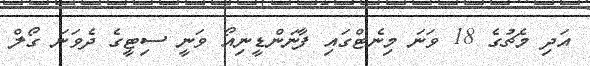
އަދި މެޗުގެ 18 ވަނަ މިނެޓްގައި ފާނަންޑީނިއޯ ވަނީ ސިޓީގެ ދެވަނަ ގޯލް